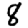
Digit: 8